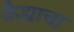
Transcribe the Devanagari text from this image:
कैद्याचा